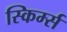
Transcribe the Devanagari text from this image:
स्किर्म्स